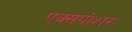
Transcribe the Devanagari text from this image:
एक्सपोशर